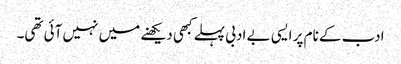
ادب کے نام پر ایسی بے ادبی پہلے کبھی دیکھنے میں نہیں آئی تھی۔